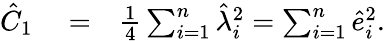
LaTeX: \begin{array}{rlr}{\hat{C}_{1}}&{{}=}&{\frac{1}{4}\sum_{i=1}^{n}\hat{\lambda}_{i}^{2}=\sum_{i=1}^{n}\hat{e}_{i}^{2}.}\end{array}